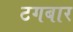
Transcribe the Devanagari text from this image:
टगबार